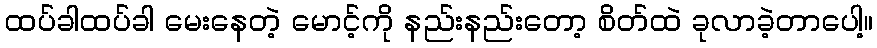
ထပ်ခါထပ်ခါ မေးနေတဲ့ မောင့်ကို နည်းနည်းတော့ စိတ်ထဲ ခုလာခဲ့တာပေါ့။